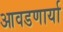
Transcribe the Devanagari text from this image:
आवडणार्या